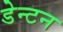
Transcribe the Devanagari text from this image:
डेन्टन